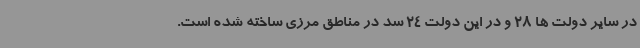
در سایر دولت ها 28 و در این دولت 24 سد در مناطق مرزی ساخته شده است.